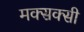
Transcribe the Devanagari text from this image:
मक्सक्सी